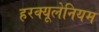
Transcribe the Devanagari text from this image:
हरक्यूलेनियम